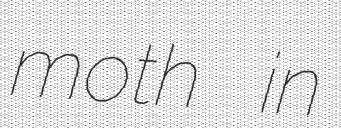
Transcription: moth in